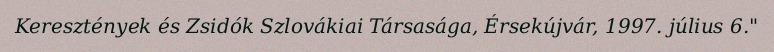
Keresztények és Zsidók Szlovákiai Társasága, Érsekújvár, 1997. július 6."